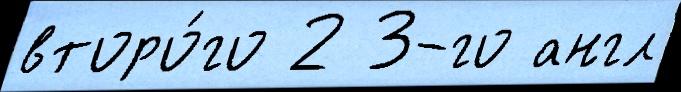
второ́го 2 3-го англ